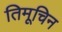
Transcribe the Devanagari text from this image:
तिमूचिन